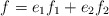
\begin{align*}f=e_1{f_1} +e_2 {f_2}\end{align*}